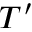
T ^ { \prime }